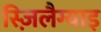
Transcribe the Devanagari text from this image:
स्ज़िलैग्याइ